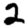
Digit: 2